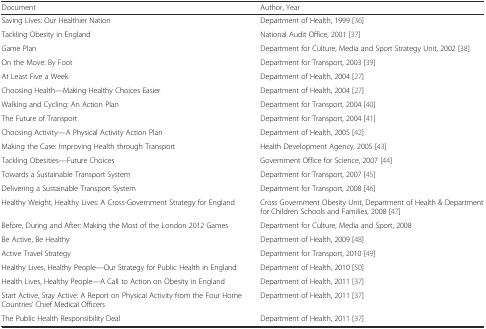
<table><thead><tr><td><b>Document</b></td><td><b>Author, Year</b></td></tr></thead><tbody><tr><td>Saving Lives: Our Healthier Nation</td><td>Department of Health, 1999 [36]</td></tr><tr><td>Tackling Obesity in England</td><td>National Audit Office, 2001 [37]</td></tr><tr><td>Game Plan</td><td>Department for Culture, Media and Sport Strategy Unit, 2002 [38]</td></tr><tr><td>On the Move: By Foot</td><td>Department for Transport, 2003 [39]</td></tr><tr><td>At Least Five a Week</td><td>Department of Health, 2004 [27]</td></tr><tr><td>Choosing Health—Making Healthy Choices Easier</td><td>Department of Health, 2004 [27]</td></tr><tr><td>Walking and Cycling: An Action Plan</td><td>Department for Transport, 2004 [40]</td></tr><tr><td>The Future of Transport</td><td>Department for Transport, 2004 [41]</td></tr><tr><td>Choosing Activity—A Physical Activity Action Plan</td><td>Department of Health, 2005 [42]</td></tr><tr><td>Making the Case: Improving Health through Transport</td><td>Health Development Agency, 2005 [43]</td></tr><tr><td>Tackling Obesities—Future Choices</td><td>Government Office for Science, 2007 [44]</td></tr><tr><td>Towards a Sustainable Transport System</td><td>Department for Transport, 2007 [45]</td></tr><tr><td>Delivering a Sustainable Transport System</td><td>Department for Transport, 2008 [46]</td></tr><tr><td>Healthy Weight, Healthy Lives: A Cross-Government Strategy for England</td><td>Cross Government Obesity Unit, Department of Health &amp; Department for Children Schools and Families, 2008 [47]</td></tr><tr><td>Before, During and After: Making the Most of the London 2012 Games</td><td>Department for Culture, Media and Sport, 2008</td></tr><tr><td>Be Active, Be Healthy</td><td>Department of Health, 2009 [48]</td></tr><tr><td>Active Travel Strategy</td><td>Department for Transport, 2010 [49]</td></tr><tr><td>Healthy Lives, Healthy People—Our Strategy for Public Health in England</td><td>Department of Health, 2010 [50]</td></tr><tr><td>Health Lives, Healthy People—A Call to Action on Obesity in England</td><td>Department of Health, 2011 [37]</td></tr><tr><td>Start Active, Stay Active: A Report on Physical Activity from the Four Home Countries’ Chief Medical Officers</td><td>Department of Health, 2011 [37]</td></tr><tr><td>The Public Health Responsibility Deal</td><td>Department of Health, 2011 [37]</td></tr></tbody></table>